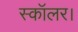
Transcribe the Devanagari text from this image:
स्कॉलर।